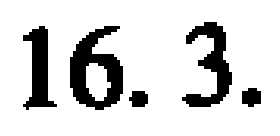
16. 3.